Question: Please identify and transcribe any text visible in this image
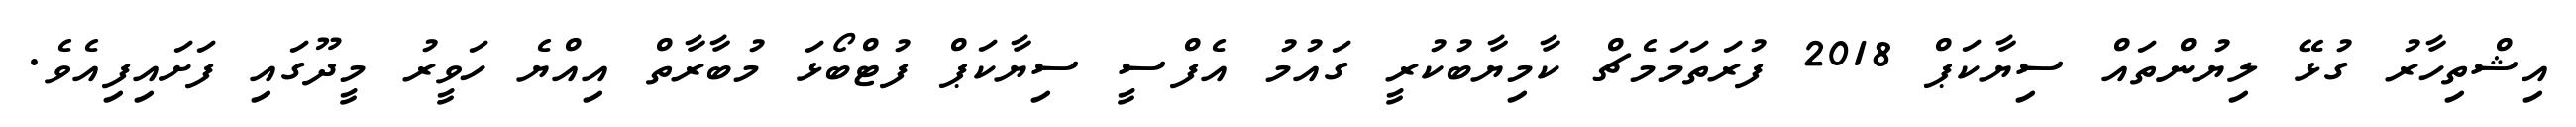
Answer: އިޝްތިހާރު ގުޅޭ ލިޔުންތައް ސިޔާކަޕް 2018 ފުރަތަމަމެޗް ކާމިޔާބުކުރީ ގައުމު އެފްސީ ސިޔާކަޕް ފުޓްބޯޅަ މުބާރާތް އިއްޔެ ހަވީރު މީދޫގައި ފަށައިފިއެވެ.